342_HS1-416511228_319.1 Flying Discs 1949
Agency: Department of War
Incident date: 1/9/50
Page 101
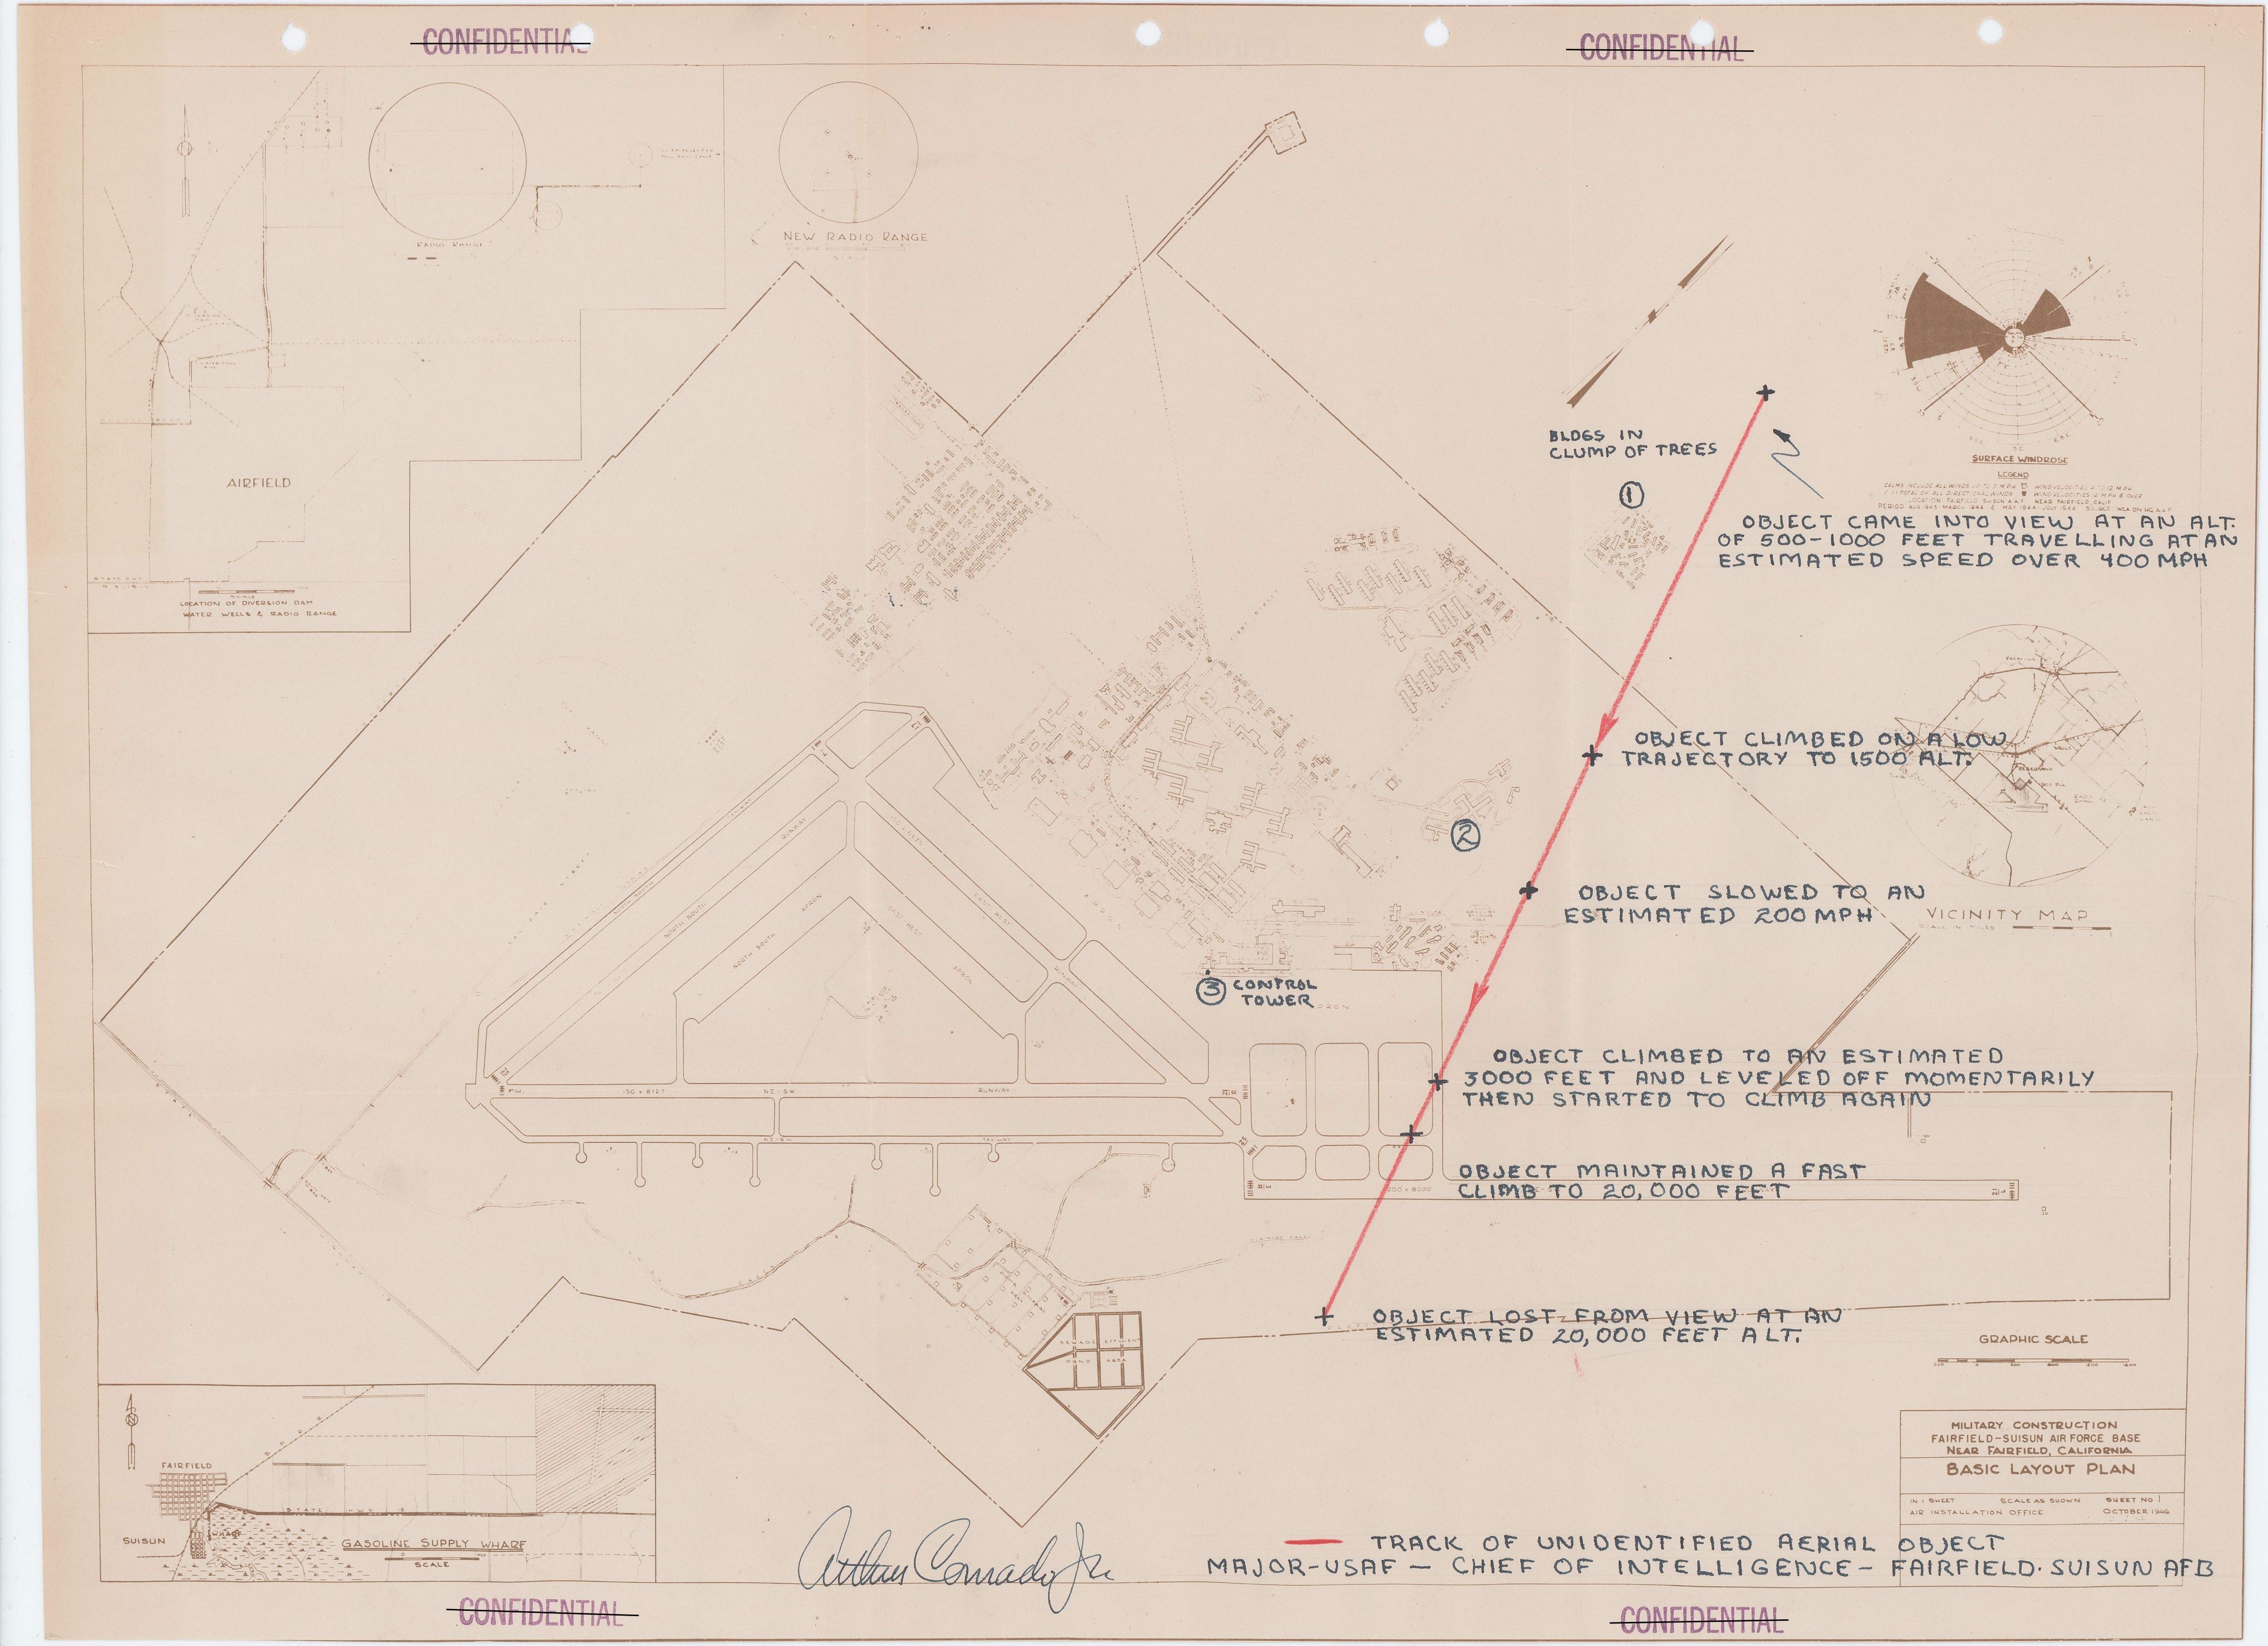